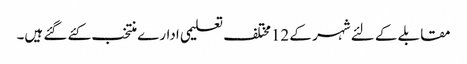
مقابلے کے لئے شہر کے 12مختلف تعلیمی ادارے منتخب کئے گئے ہیں۔